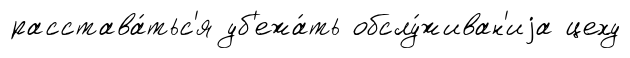
расстава́тьс'я уб'ежа́ть обслу́живан'иjа цеху